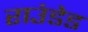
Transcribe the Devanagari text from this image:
राउंडेड